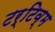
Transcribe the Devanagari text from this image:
टर्टिव्म